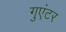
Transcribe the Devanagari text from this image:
गुएंटर